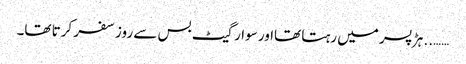
…….. ہڑ پسر میں رہتا تھااور سوارگیٹ بس سے روز سفر کرتا تھا۔